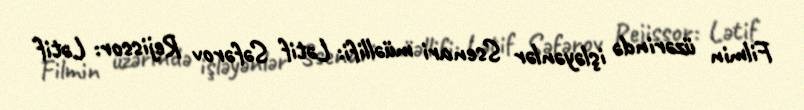
Filmin üzərində işləyənlər Ssenari müəllifi: Lətif Səfərov Rejissor: Lətif